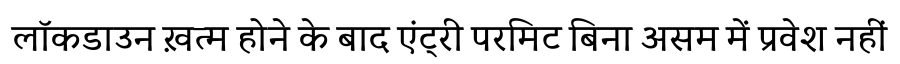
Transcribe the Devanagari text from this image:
लॉकडाउन ख़त्म होने के बाद एंट्री परमिट बिना असम में प्रवेश नहीं